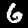
Label: 6